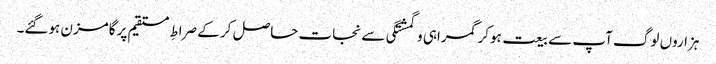
ہزاروں لوگ آپ سے بیعت ہوکر گمراہی و گمشتگی سے نجات حاصل کر کے صراطِ مستقیم پر گامزن ہوگئے۔